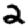
Digit: 2